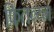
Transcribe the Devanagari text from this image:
फितव्य्न